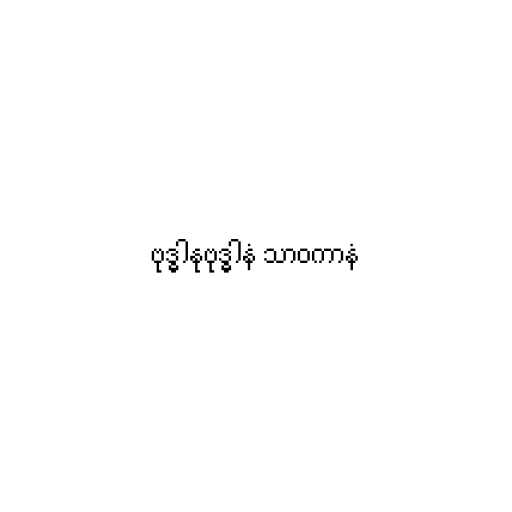
ဗုဒ္ဓါနုဗုဒ္ဓါနံ သာဝကာနံ